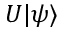
U | \psi \rangle